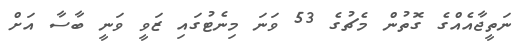
ނަތީޖާއެއްގެ ގޮތުން މެޗުގެ 53 ވަނަ މިނެޓުގައި ޒަވީ ވަނީ ބާސާ އަށް